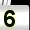
Digit: 5